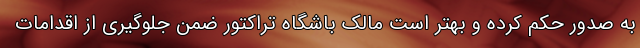
به صدور حکم کرده و بهتر است مالک باشگاه تراکتور ضمن جلوگیری از اقدامات